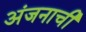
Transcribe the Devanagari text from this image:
अंजनाची